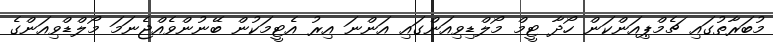
މުބަރާތުގައި ޗެމްޕިއަންކަން ހޯދާ ޓީމް މޯލްޑިވިއަންގައި އަންނަ އިރު އެޓީމަކުން ބޭނުންވެއްޖެނަމަ މޯލްޑްވިއަންގެ